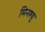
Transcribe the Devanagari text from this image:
मिनश्यू